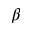
\beta